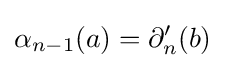
\alpha _{n-1}(a)=\partial _{n}'(b)